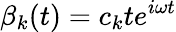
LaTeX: \beta_{k}(t)=c_{k}te^{i\omega t}